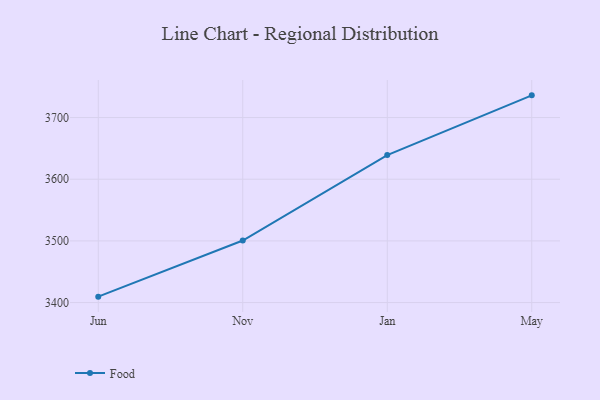
{"axis": {"x": "Month", "y": "Customer Acquisition Cost (USD)"}, "legend": ["Food"], "data": [{"x": "Jun", "y": 3409.6, "type": "Food"}, {"x": "Nov", "y": 3500.6, "type": "Food"}, {"x": "Jan", "y": 3639.2, "type": "Food"}, {"x": "May", "y": 3736.0, "type": "Food"}]}